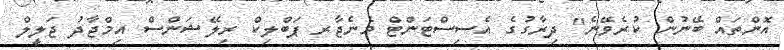
އޮންތައް ބޭނުން ކުރެވޭނެ" ދިރާގުގެ އެސިސްޓަންޓް މެނެޖާރ ޕަބްލިކް ރިލޭޝަންސް އިމްޖާދު ޖަލީލް